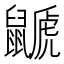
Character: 鼶